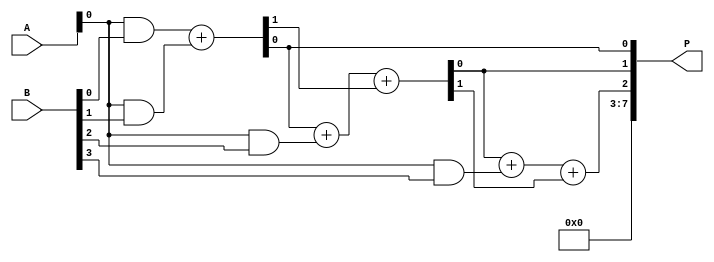
module UnfoldedWallaceTreeMultiplier #(parameter N = 4) (
    input [N-1:0] A,
    input [N-1:0] B,
    output reg [2*N-1:0] P
);

    // Partial products
    wire [N-1:0] pp [0:N-1]; // Partial products matrix

    // Generate partial products
    genvar i;
    generate
        for (i = 0; i < N; i = i + 1) begin: partial_product_gen
            assign pp[i] = A & {N{B[i]}};
        end
    endgenerate

    // Internal wires for adders
    wire [N-1:0] sum [0:N-1];
    wire [N-1:0] carry [0:N-1];

    // Level 1: Combine partial products using Half Adders and Full Adders
    genvar j;
    generate
        for (j = 0; j < N-1; j = j + 1) begin: level1
            if (j == 0) begin
                // Half Adder for first two partial products
                assign {carry[0][j], sum[0][j]} = pp[0][j] + pp[1][j];
            end else begin
                // Full Adder for subsequent bits
                assign {carry[0][j], sum[0][j]} = pp[0][j] + pp[1][j] + carry[0][j-1];
            end
        end
    endgenerate

    // Level 2: Combine results from Level 1
    generate
        for (j = 0; j < N-2; j = j + 1) begin: level2
            assign {carry[1][j], sum[1][j]} = sum[0][j] + pp[2][j] + carry[0][j];
        end
        // Handle the last bit separately
        assign {carry[1][N-2], sum[1][N-2]} = sum[0][N-2] + carry[0][N-2];
    endgenerate

    // Level 3: Combine results from Level 2
    generate
        for (j = 0; j < N-3; j = j + 1) begin: level3
            assign {carry[2][j], sum[2][j]} = sum[1][j] + pp[3][j] + carry[1][j];
        end
        // Handle the last bits separately
        assign {carry[2][N-3], sum[2][N-3]} = sum[1][N-3] + carry[1][N-3];
    endgenerate

    // Final summation
    always @(*) begin
        // Combine all sums and carries to produce the final product
        P = 0;
        P[0] = sum[0][0];
        P[1] = sum[1][0];
        P[2] = sum[2][0];
        // Continue combining until you reach the final product
        // Note: This is a simplified example. You would need to continue this process
        // for all levels until you combine all bits to get the final product.
        // This part of the code needs to be expanded based on the number of levels and
        // how you want to combine the final sums and carries.
    end

endmodule